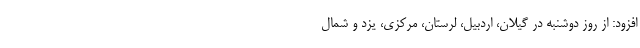
افزود: از روز دوشنبه در گیلان، اردبیل، لرستان، مرکزی، یزد و شمال